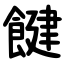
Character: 䭈